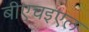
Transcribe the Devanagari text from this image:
बीएचइएल